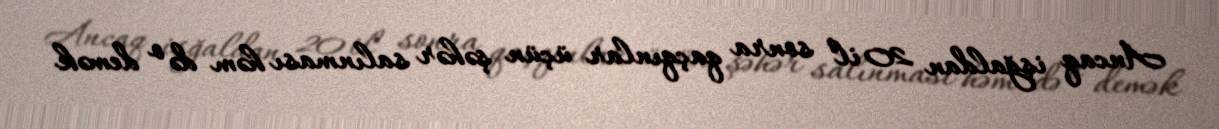
Ancaq işğaldan 20 il sonra qaçqınlar üçün şəhər salınması həm də o demək